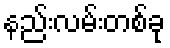
နည်းလမ်းတစ်ခု